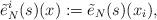
LaTeX: \begin{align*}\tilde{e}_N^i(s)(x):=\tilde{e}_N(s)(x_i),\end{align*}